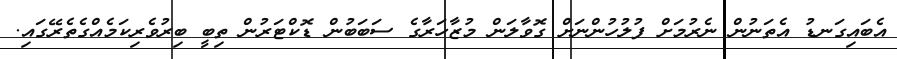
އެބައިގަނޑު އެތަނުން ނެރުމަށް ފުލުހުންނަށް ގޮވާލަން މުޒާހަރާގެ ސަބަބުން ޑޮކްޓަރުން ތިބީ ބިރުވެރިކަމެއްގެތެރޭގައި.